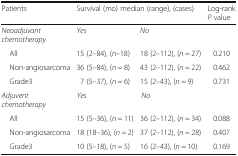
<table><thead><tr><td><b>Patients</b></td><td colspan="2"><b>Survival (mo) median (range), (cases)</b></td><td><b>Log-rank <i>P</i> value</b></td></tr></thead><tbody><tr><td><i>Neoadjuvant chemotherapy</i></td><td><i>Yes</i></td><td><i>No</i></td><td></td></tr><tr><td> All</td><td>15 (2–84), (<i>n</i>–18)</td><td>18 (2–112), (<i>n</i> = 27)</td><td>0.210</td></tr><tr><td> Non-angiosarcoma</td><td>36 (5–84), (<i>n</i> = 8)</td><td>43 (2–112), (<i>n</i> = 22)</td><td>0.462</td></tr><tr><td> Grade3</td><td>7 (5–37), (<i>n</i> = 6)</td><td>15 (2–43), (<i>n</i> = 9)</td><td>0.731</td></tr><tr><td><i>Adjuvent chemotherapy</i></td><td><i>Yes</i></td><td><i>No</i></td><td></td></tr><tr><td> All</td><td>15 (5–36), (<i>n</i> = 11)</td><td>36 (2–112), (<i>n</i> = 34)</td><td>0.088</td></tr><tr><td> Non-angiosarcoma</td><td>18 (18–36), (<i>n</i> = 2)</td><td>37 (2–112), (<i>n</i> = 28)</td><td>0.407</td></tr><tr><td> Grade3</td><td>10 (5–18), (<i>n</i> = 5)</td><td>16 (2–43), (<i>n</i> = 10)</td><td>0.169</td></tr></tbody></table>